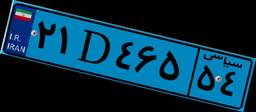
۲۱D۴۶۵۵۴